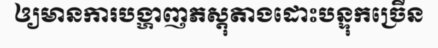
ឲ្យមានការបង្ហាញភស្តុតាងដោះបន្ទុកច្រើន